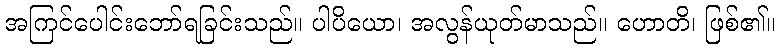
အကြင်ပေါင်းဘော်ရခြင်းသည်။ ပါပိယော၊ အလွန်ယုတ်မာသည်။ ဟောတိ၊ ဖြစ်၏။